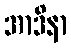
အာဒိနာ